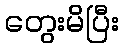
တွေးမိပြီး